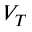
V _ { T }